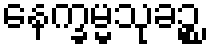
နေက္ခမ္မသုခဉ္စ